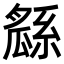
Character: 𤬖